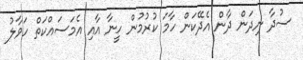
ސުދާ ނިދަން ދާން އެދޭކަން ހާމަ ކުރުމުން ހީނާ އާއި އެމަސައްކަތް ހަވާލު